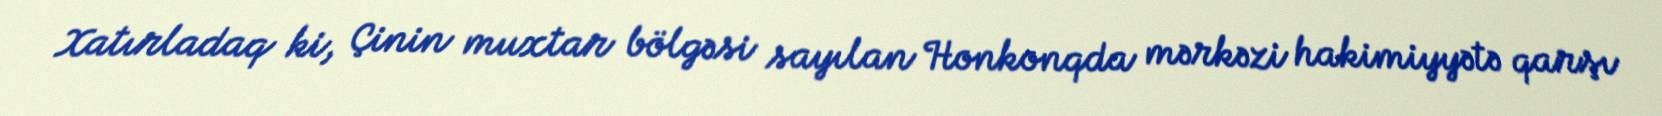
Xatırladaq ki, Çinin muxtar bölgəsi sayılan Honkonqda mərkəzi hakimiyyətə qarşı